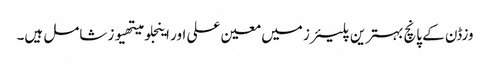
وزڈن کے پانچ بہترین پلیئرز میں معین علی اور اینجلو میتھیوز شامل ہیں۔